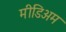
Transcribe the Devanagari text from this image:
मीडिअम